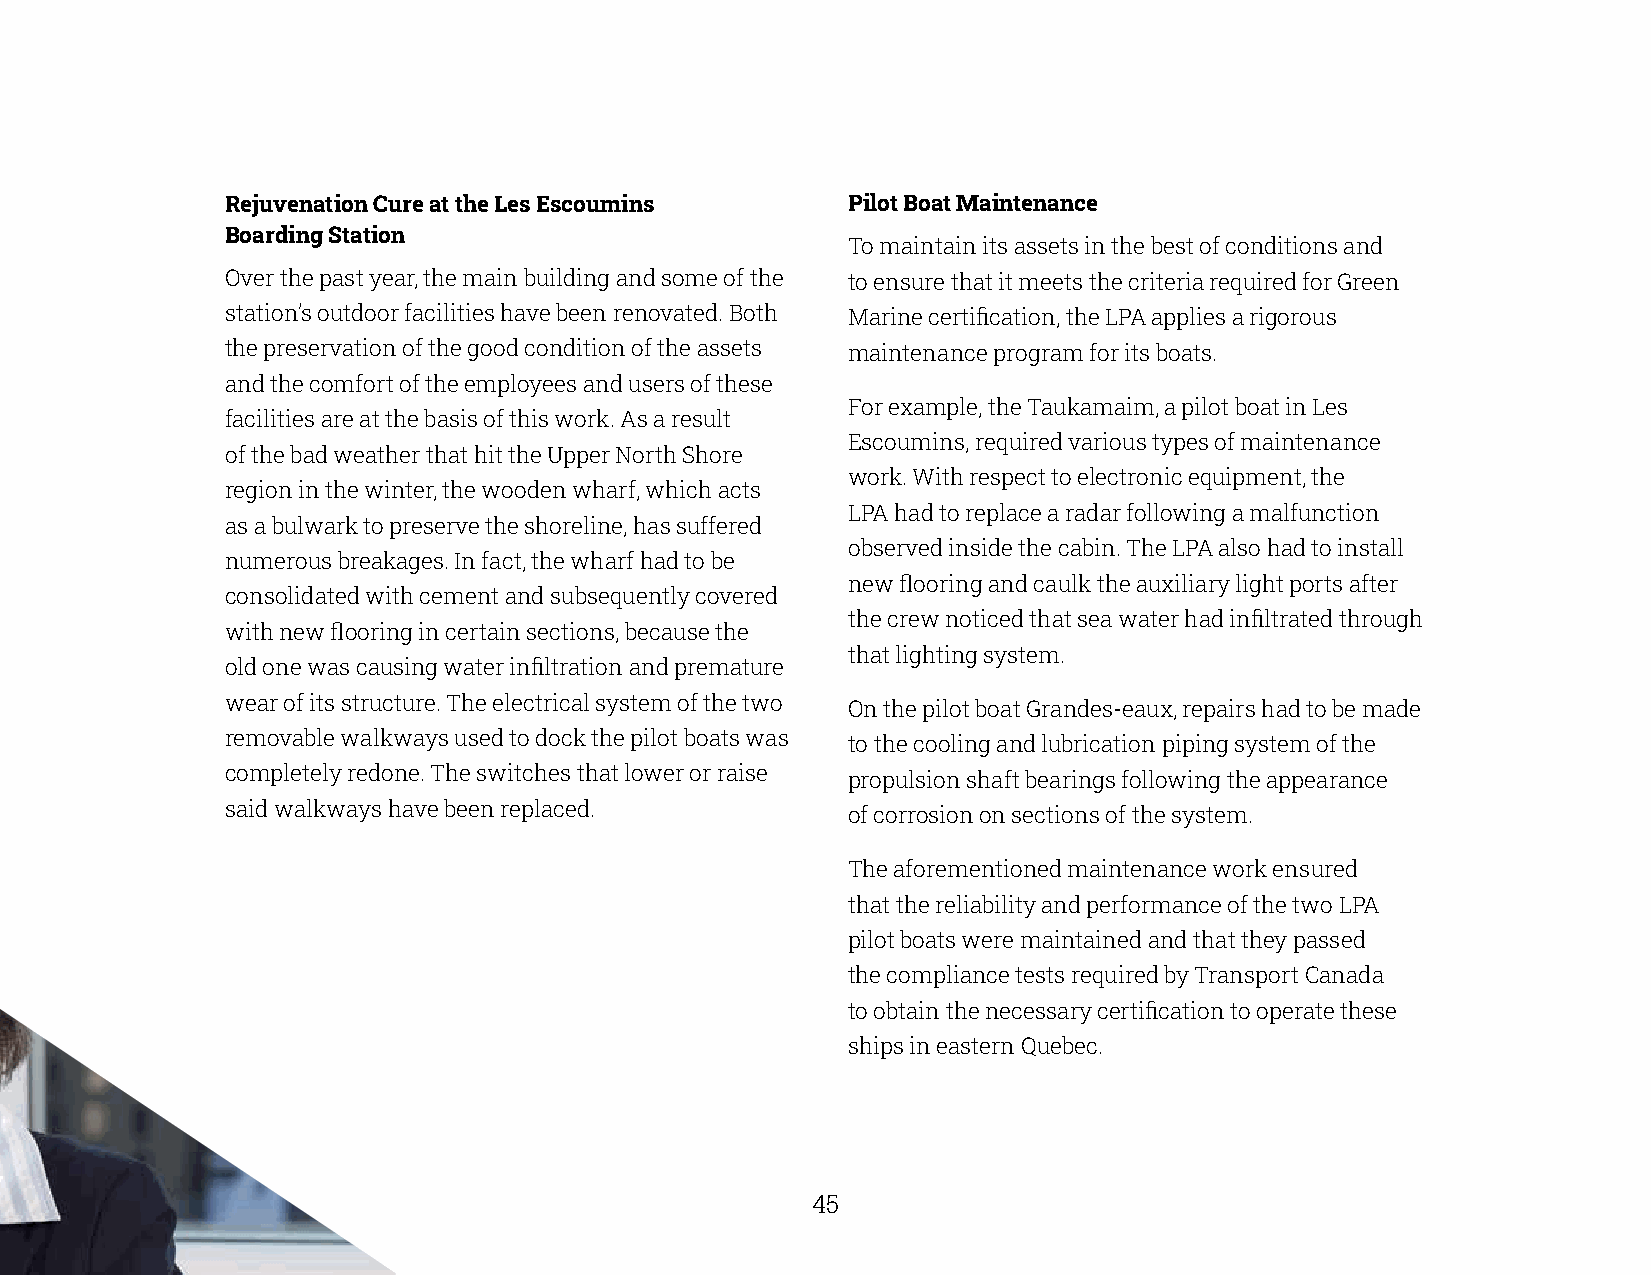
Rejuvenation Cure at the Les Escoumins   Pilot Boat Maintenance
 Boarding Station
 To maintain its assets in the best of conditions and
 Over the past year, the main building and some of the to ensure that it meets the criteria required for Green
 station’s outdoor facilities have been renovated. Both Marine certification, the LPA applies a rigorous
 the preservation of the good condition of the assets maintenance program for its boats.
 and the comfort of the employees and users of these
 For example, the Taukamaim, a pilot boat in Les
 facilities are at the basis of this work. As a result
 Escoumins, required various types of maintenance
 of the bad weather that hit the Upper North Shore
 work. With respect to electronic equipment, the
 region in the winter, the wooden wharf, which acts
 LPA had to replace a radar following a malfunction
 as a bulwark to preserve the shoreline, has suffered
 observed inside the cabin. The LPA also had to install
 numerous breakages. In fact, the wharf had to be
 new flooring and caulk the auxiliary light ports after
 consolidated with cement and subsequently covered
 the crew noticed that sea water had infiltrated through
 with new flooring in certain sections, because the
 that lighting system.
 old one was causing water infiltration and premature
 wear of its structure. The electrical system of the two On the pilot boat Grandes-eaux, repairs had to be made
 removable walkways used to dock the pilot boats was to the cooling and lubrication piping system of the
 completely redone. The switches that lower or raise propulsion shaft bearings following the appearance
 said walkways have been replaced.        of corrosion on sections of the system.
 The aforementioned maintenance work ensured
 that the reliability and performance of the two LPA
 pilot boats were maintained and that they passed
 the compliance tests required by Transport Canada
 to obtain the necessary certification to operate these
 ships in eastern Quebec.
 45